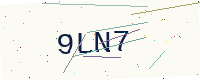
Text: 9LN7